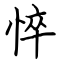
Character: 悴